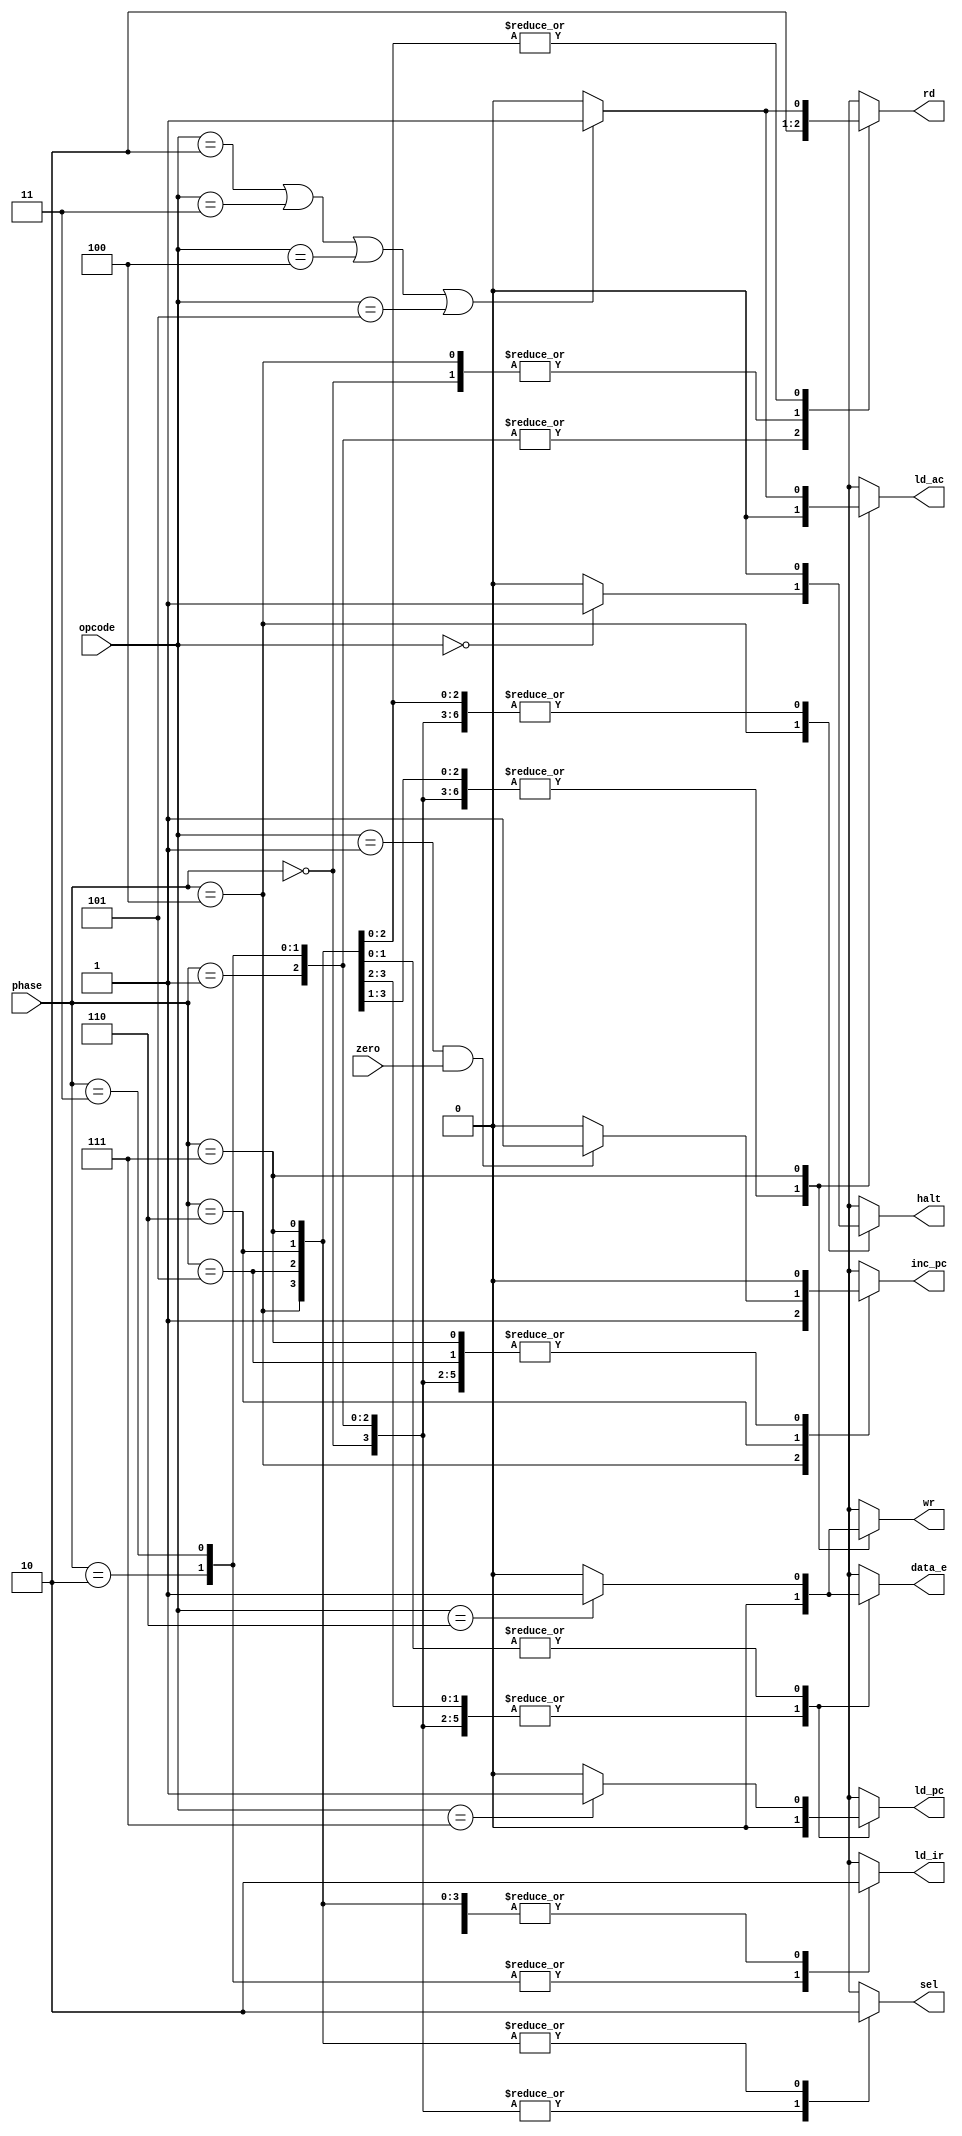
module controller
(
   input wire  [2:0] phase,
   input wire  [2:0] opcode,
   input wire        zero,
   output reg        sel,
   output reg        rd,
   output reg        ld_ir,
   output reg        inc_pc,
   output reg        halt,
   output reg        ld_pc,
   output reg        data_e,
   output reg        ld_ac,
   output reg        wr
);


reg h, a, z, j, s;


always @(opcode, zero, phase) begin
   h <= (opcode == 0) ? 1 : 0;
   a <= (opcode == 2 || opcode == 3 || opcode == 4 || opcode == 5) ? 1 : 0;
   z <= (opcode == 1 && zero == 1) ? 1 : 0;
   j <= (opcode == 7) ? 1 : 0;
   s <= (opcode == 6) ? 1 : 0;
end

always @(phase, h, a, z, j, s) begin
   case (phase)
      0        : begin sel = 1; rd = 0; ld_ir = 0; inc_pc = 0; halt = 0; ld_pc = 0; data_e = 0; ld_ac = 0; wr = 0; end  
      1        : begin sel = 1; rd = 1; ld_ir = 0; inc_pc = 0; halt = 0; ld_pc = 0; data_e = 0; ld_ac = 0; wr = 0; end  
      2        : begin sel = 1; rd = 1; ld_ir = 1; inc_pc = 0; halt = 0; ld_pc = 0; data_e = 0; ld_ac = 0; wr = 0; end  
      3        : begin sel = 1; rd = 1; ld_ir = 1; inc_pc = 0; halt = 0; ld_pc = 0; data_e = 0; ld_ac = 0; wr = 0; end  
      4        : begin sel = 0; rd = 0; ld_ir = 0; inc_pc = 1; halt = h; ld_pc = 0; data_e = 0; ld_ac = 0; wr = 0; end  
      5        : begin sel = 0; rd = a; ld_ir = 0; inc_pc = 0; halt = 0; ld_pc = 0; data_e = 0; ld_ac = 0; wr = 0; end  
      6        : begin sel = 0; rd = a; ld_ir = 0; inc_pc = z; halt = 0; ld_pc = j; data_e = s; ld_ac = 0; wr = 0; end  
      7        : begin sel = 0; rd = a; ld_ir = 0; inc_pc = 0; halt = 0; ld_pc = j; data_e = s; ld_ac = a; wr = s; end  
      default  : begin sel = 0; rd = 0; ld_ir = 0; inc_pc = 0; halt = 0; ld_pc = 0; data_e = 0; ld_ac = 0; wr = 0; end
   endcase
end


endmodule